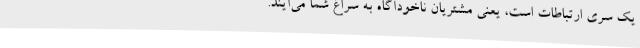
یک سری ارتباطات است، یعنی مشتریان ناخودآگاه به سراغ شما می‌آیند.